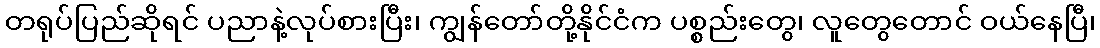
တရုပ်ပြည်ဆိုရင် ပညာနဲ့လုပ်စားပြီး၊ ကျွန်တော်တို့နိုင်ငံက ပစ္စည်းတွေ၊ လူတွေတောင် ဝယ်နေပြီ၊